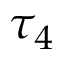
\tau _ { 4 }